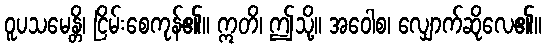
ဝူပသမေန္တိ၊ ငြိမ်းစေကုန်၏။ ဣတိ၊ ဤသို့။ အဝေါစ၊ လျှောက်ဆိုလေ၏။